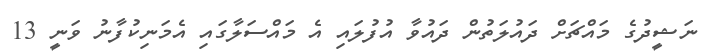
ނަޝީދުގެ މައްޗަށް ދައުލަތުން ދައުވާ އުފުލައި އެ މައްސަލާގައި އެމަނިކުފާނު ވަނީ 13